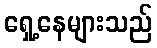
ရှေ့နေများသည်